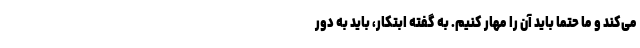
می‌کند و ما حتما باید آن را مهار کنیم. به گفته ابتکار، باید به دور